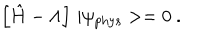
\left[ \hat { H } - \Lambda \right] \, | \psi _ { \mathrm { p h y s } } > = 0 \ .